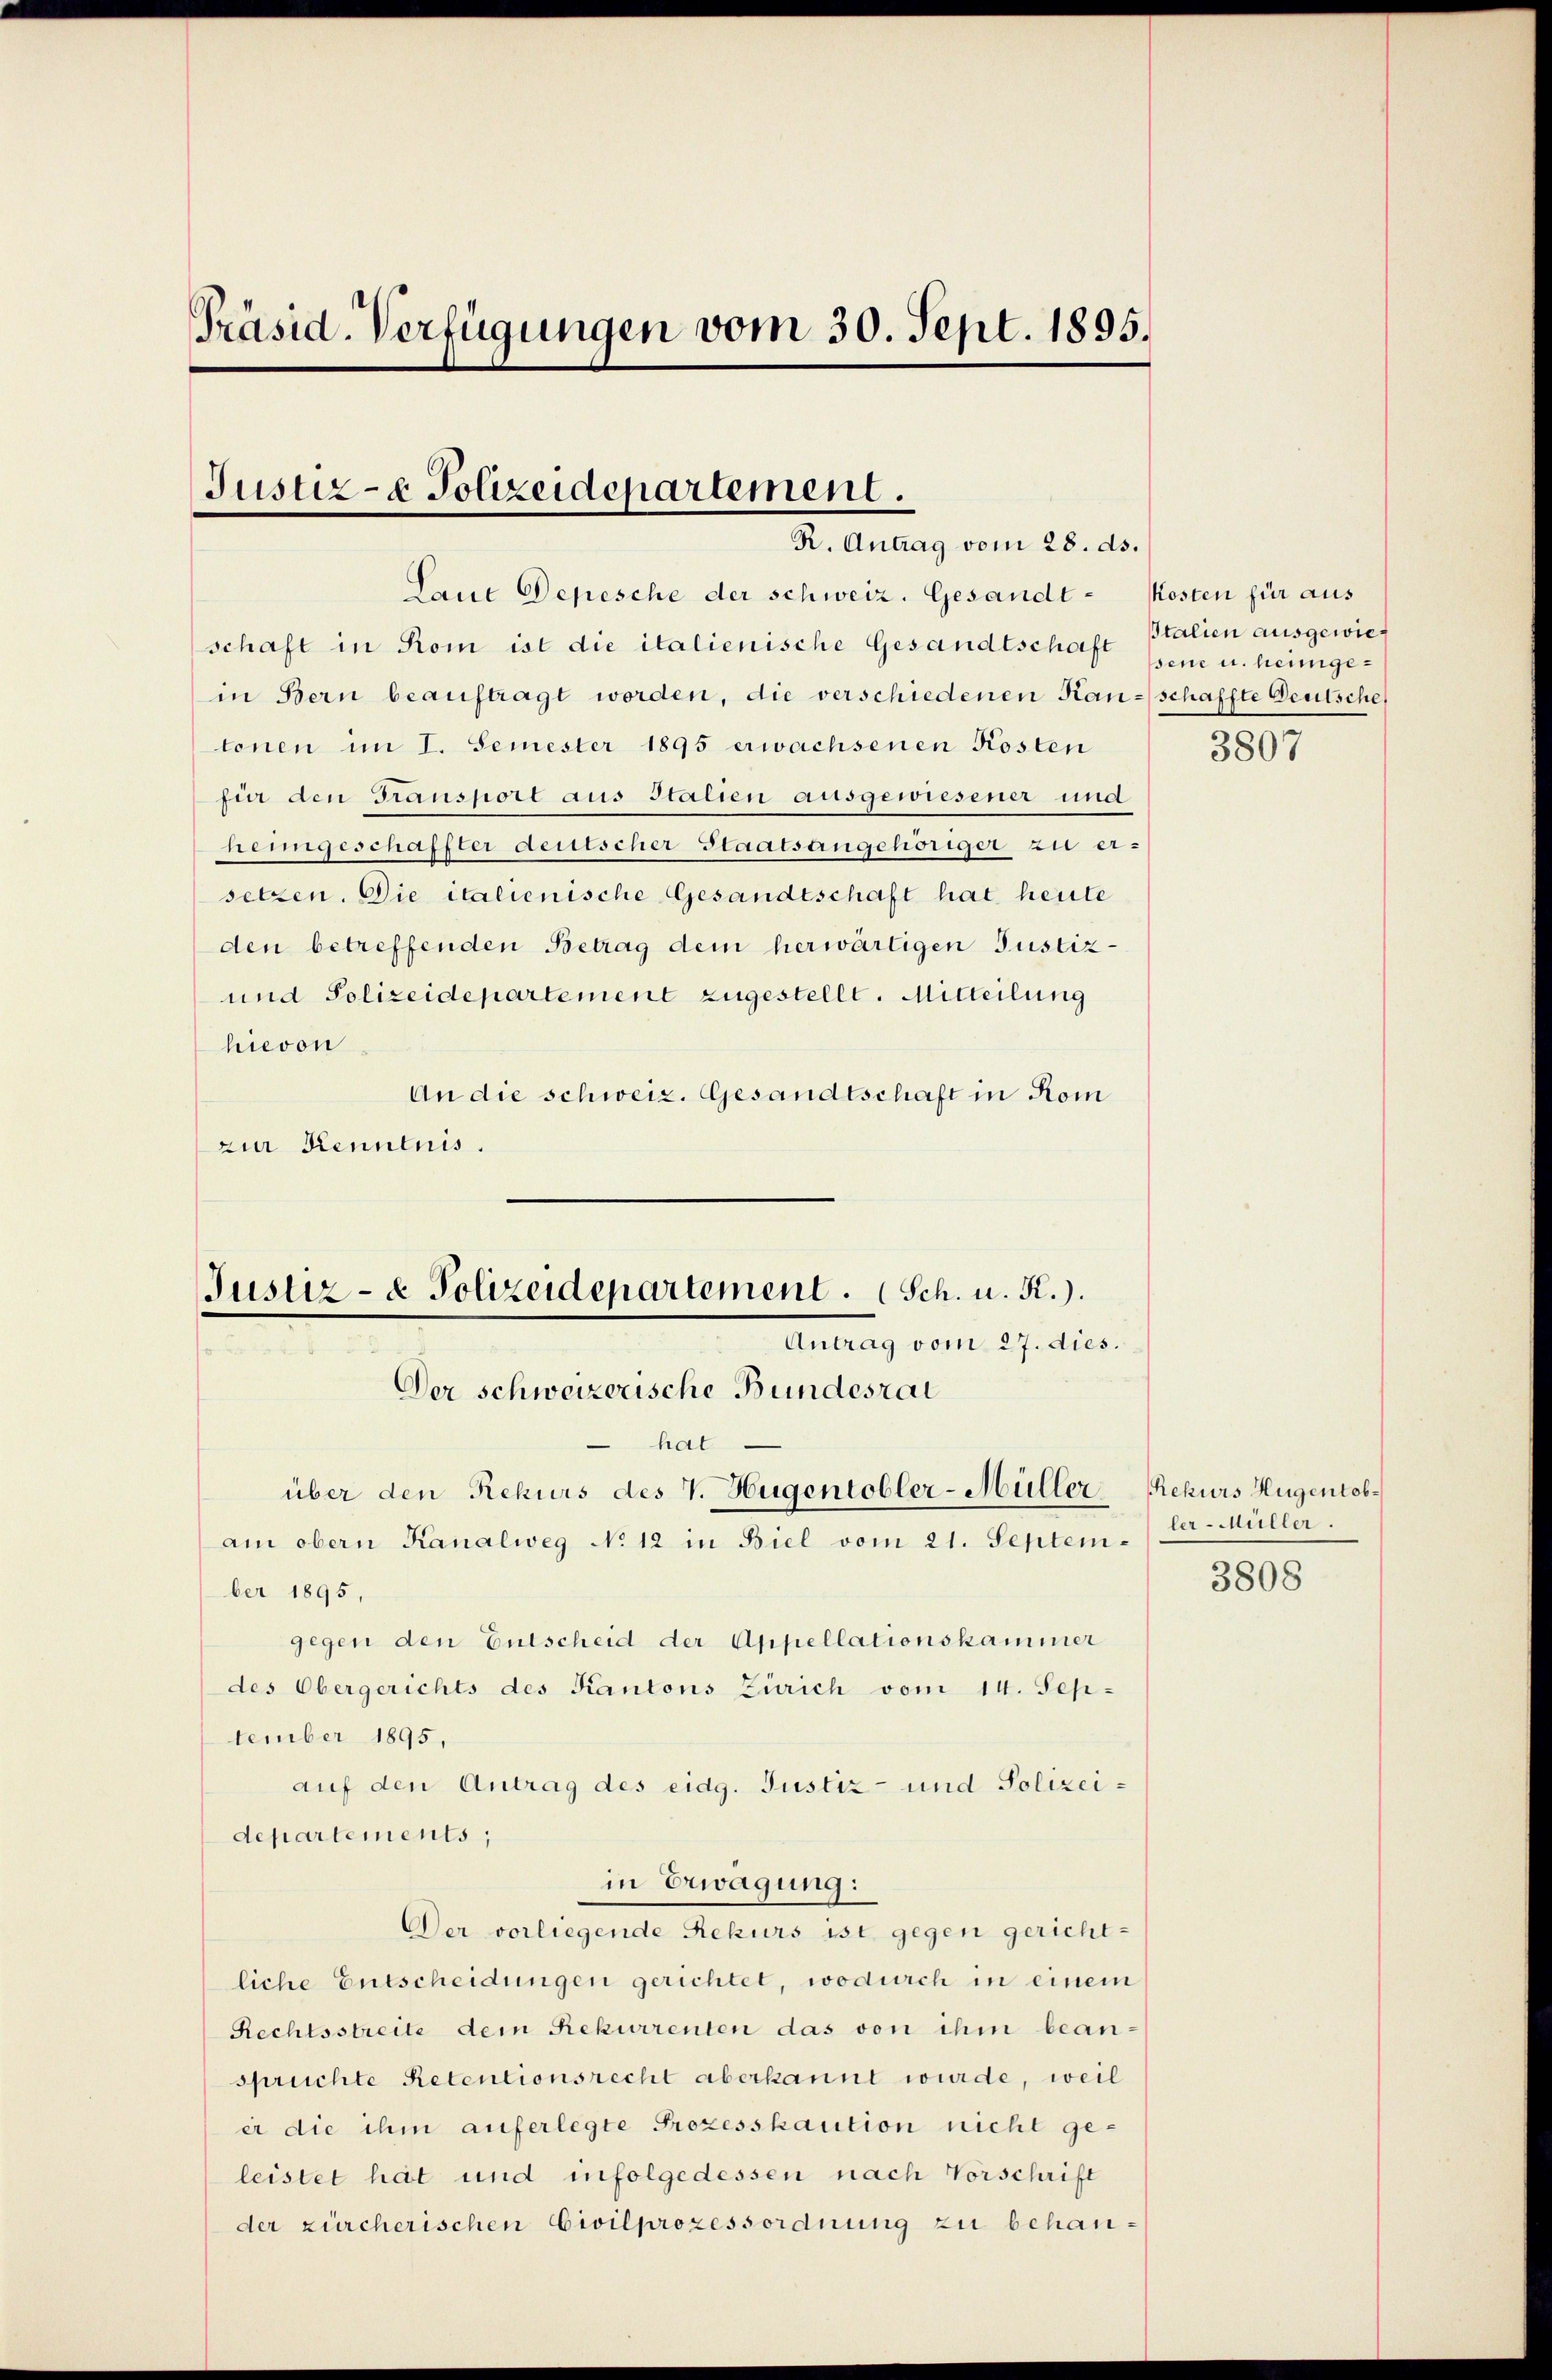
Präsid. Verfügungen vom 30. Sept. 1895.

Justiz- & Polizeidepartement.
R. Antrag vom 28. ds.

Laue Depesche der schweiz. Gesandtschaft in Rom ist die italienische Gesandtschaft
in Bern beauftragt worden, die verschiedenen Kan-schaffte Deutsche
tonen im I. Semester 1895 erwachsenen Kosten
für den Transport aus Italien ausgewiesener und
heimgeschaffter deutscher Staatsangehöriger zu er-
setzen. Die italienische Gesandtschaft hat heute
den betreffenden Betrag dem herwärtigen Justiz¬
und Polizeidepartement zugestellt. Mitteilung
hievon
An die schweiz. Gesandtschaft in Kom
zur Kenntnis.
hat.
über den Rekurs des V. Hugentobler-Müller
am obern Kanalweg No 12 in Biel vom 21. September 1895,
gegen den Entscheid der Appellationskammer
des Obergerichts des Kantons Zürich vom 14. September 1895,
auf den Antrag des eidg. Justiz- und Polizeidepartements;
in Erwägung:
Der vorliegende Rekurs ist gegen gerichtliche Entscheidungen gerichtet, wodurch in einem
Rechtsstreite dem Rekurrenten das von ihm bean-
spruchte Retentionsrecht aberkannt wurde, weil
er die ihm auferlegte Prozesskaution nicht geleistet hat und infolgedessen nach Vorschrift
der zürcherischen Civilprozessordnung zu behan¬

Justiz- & Polizeidepartement. Sch. u. K.).
Antrag vom 27. dies.
Der schweizerische Bundesrat

Kosten für aus
Italien ausgewies
sene u. heimge¬

3807

Rekurs Hugentobler-Müller.

3808